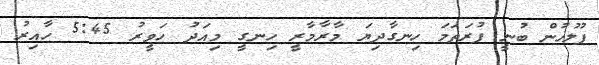
ފުލުހުން ބުނީ ފުރަތަމަ ހިނގާދިޔަ މާރާމާރީ ހިނގީ މިއަދު ހަވީރު 5:45 ހާއިރު